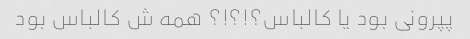
پپرونی بود یا کالباس؟!؟!؟ همه ش کالباس بود